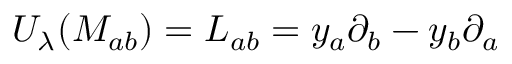
U _ { \lambda } ( M _ { a b } ) = L _ { a b } = y _ { a } \partial _ { b } - y _ { b } \partial _ { a }